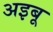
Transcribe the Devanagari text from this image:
अइबू